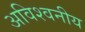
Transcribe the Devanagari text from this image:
अविश्वनीय